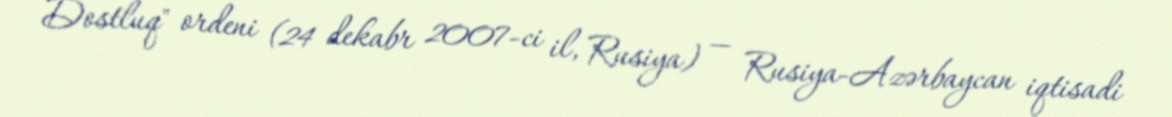
Dostluq" ordeni (24 dekabr 2007-ci il, Rusiya) — Rusiya-Azərbaycan iqtisadi